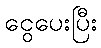
ငွေပေးပြီး